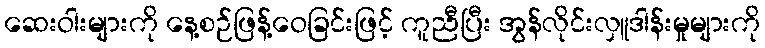
ဆေးဝါးများကို နေ့စဉ်ဖြန့်ဝေခြင်းဖြင့် ကူညီပြီး အွန်လိုင်းလှူဒါန်းမှုများကို